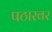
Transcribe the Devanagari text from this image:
पठारवर